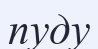
пуду